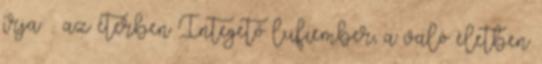
írja – az éterben Integető lufiember, a való életben